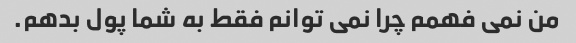
من نمی فهمم چرا نمی توانم فقط به شما پول بدهم.